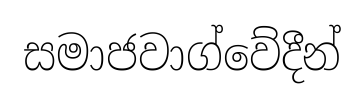
සමාජවාග්වේදීන්